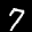
Label: 7